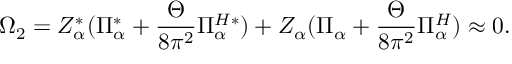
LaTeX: \Omega _ { 2 } = Z _ { \alpha } ^ { * } ( \Pi _ { \alpha } ^ { * } + \frac { \Theta } { 8 \pi ^ { 2 } } \Pi _ { \alpha } ^ { H * } ) + Z _ { \alpha } ( \Pi _ { \alpha } + \frac { \Theta } { 8 \pi ^ { 2 } } \Pi _ { \alpha } ^ { H } ) \approx 0 .